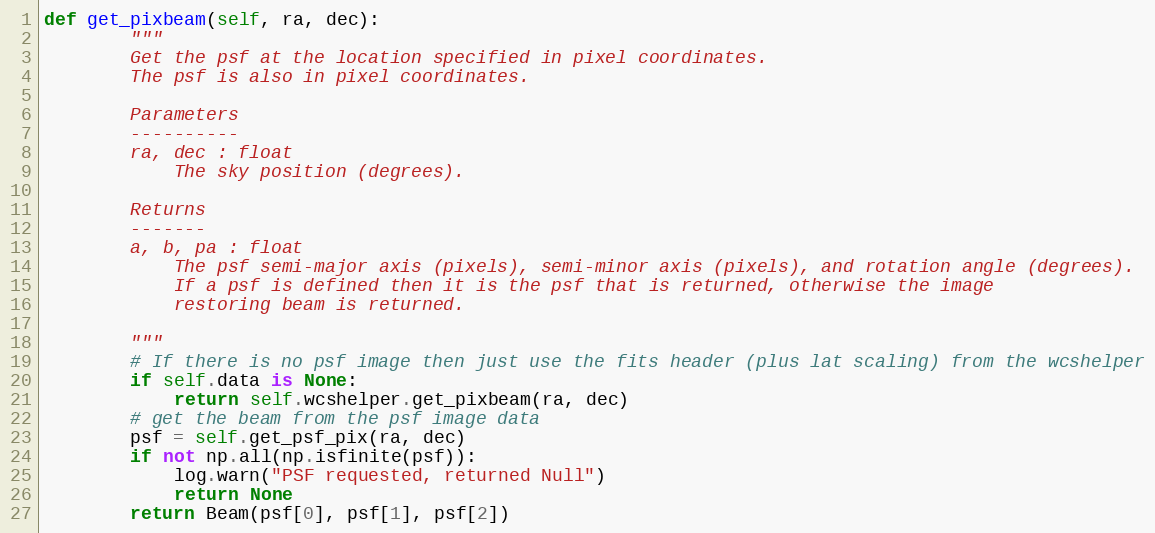
Language: Python
def get_pixbeam(self, ra, dec):
        """
        Get the psf at the location specified in pixel coordinates.
        The psf is also in pixel coordinates.

        Parameters
        ----------
        ra, dec : float
            The sky position (degrees).

        Returns
        -------
        a, b, pa : float
            The psf semi-major axis (pixels), semi-minor axis (pixels), and rotation angle (degrees).
            If a psf is defined then it is the psf that is returned, otherwise the image
            restoring beam is returned.

        """
        # If there is no psf image then just use the fits header (plus lat scaling) from the wcshelper
        if self.data is None:
            return self.wcshelper.get_pixbeam(ra, dec)
        # get the beam from the psf image data
        psf = self.get_psf_pix(ra, dec)
        if not np.all(np.isfinite(psf)):
            log.warn("PSF requested, returned Null")
            return None
        return Beam(psf[0], psf[1], psf[2])